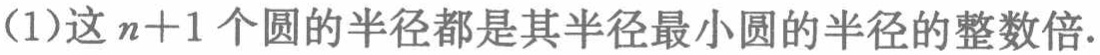
(1)这\(n + 1\)个圆的半径都是其半径最小圆的半径的整数倍.